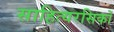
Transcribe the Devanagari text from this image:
साहित्यरसिकों